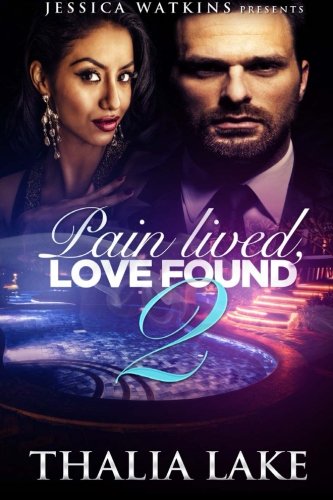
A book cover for Pain Lived, Love Found 2; Thalia Lake; Romance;